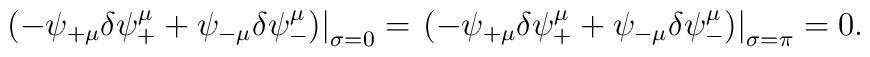
\left. \left( -\psi_{+\mu}\delta \psi^\mu _+ +\psi_{-\mu}\delta    \psi^\mu _-\right) \right|_{\sigma =0} = \left. \left( -\psi_{+\mu}\delta \psi^\mu _+ +\psi_{-\mu}\delta    \psi^\mu _-\right) \right|_{\sigma =\pi} =0.